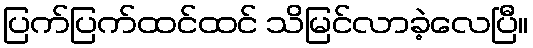
ပြက်ပြက်ထင်ထင် သိမြင်လာခဲ့လေပြီ။